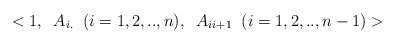
\begin{align*}<1, \;\; A_{i.} \;\; (i=1,2,..,n), \;\; A_{ii+1} \;\; (i=1,2,..,n-1)>\end{align*}